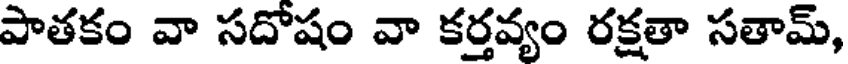
పాతకం వా సదోషం వా కర్తవ్యం రక్షతా సతామ్,